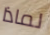
لماذا